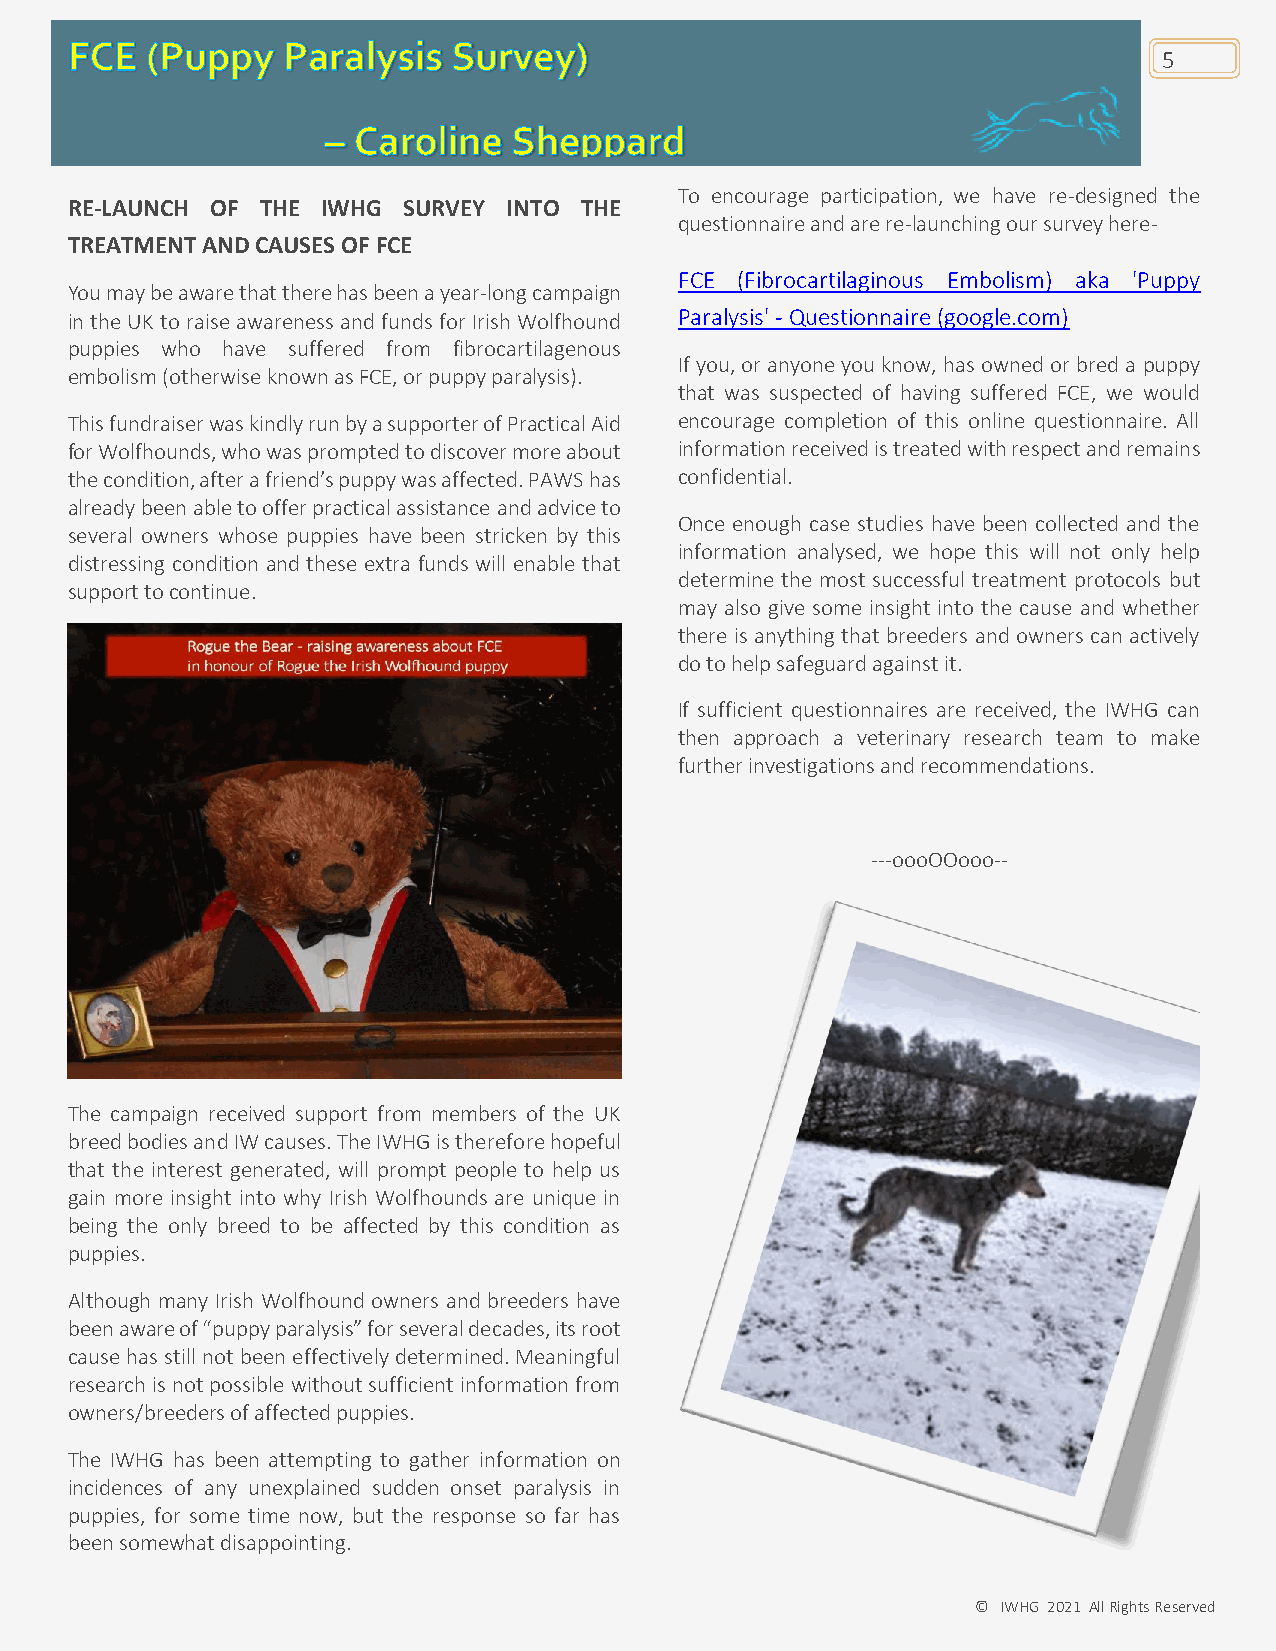
5
 To encourage participation, we have re-designed the
 RE-LAUNCH OF THE IWHG  SURVEY INTO THE
 questionnaire and are re-launching our survey here-
 TREATMENT AND CAUSES OF FCE
 FCE (Fibrocartilaginous Embolism) aka 'Puppy
 You may be aware that there has been a year-long campaign
 in the UK to raise awareness and funds for Irish Wolfhound Paralysis' - Questionnaire (google.com)
 puppies who have suffered from fibrocartilagenous
 If you, or anyone you know, has owned or bred a puppy
 embolism (otherwise known as FCE, or puppy paralysis).
 that was suspected of having suffered FCE, we would
 This fundraiser was kindly run by a supporter of Practical Aid encourage completion of this online questionnaire. All
 for Wolfhounds, who was prompted to discover more about information received is treated with respect and remains
 the condition, after a friend’s puppy was affected. PAWS has confidential.
 already been able to offer practical assistance and advice to
 Once enough case studies have been collected and the
 several owners whose puppies have been stricken by this
 information analysed, we hope this will not only help
 distressing condition and these extra funds will enable that
 determine the most successful treatment protocols but
 support to continue.
 may also give some insight into the cause and whether
 there is anything that breeders and owners can actively
 do to help safeguard against it.
 If sufficient questionnaires are received, the IWHG can
 then approach a veterinary research team to make
 further investigations and recommendations.
 ---oooOOooo--
 The campaign received support from members of the UK
 breed bodies and IW causes. The IWHG is therefore hopeful
 that the interest generated, will prompt people to help us
 gain more insight into why Irish Wolfhounds are unique in
 being the only breed to be affected by this condition as
 puppies.
 Although many Irish Wolfhound owners and breeders have
 been aware of “puppy paralysis” for several decades, its root
 cause has still not been effectively determined. Meaningful
 research is not possible without sufficient information from
 owners/breeders of affected puppies.
 The IWHG has been attempting to gather information on
 incidences of any unexplained sudden onset paralysis in
 puppies, for some time now, but the response so far has
 been somewhat disappointing.
 © IWHG 2021 All Rights Reserved